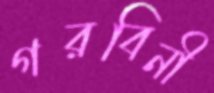
গরবিনী